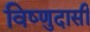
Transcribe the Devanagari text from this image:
विष्णुदासी